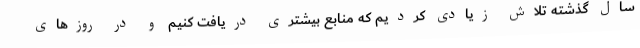
سال گذشته تلاش زیادی کردیم که منابع بیشتری دریافت کنیم و در روزهای